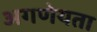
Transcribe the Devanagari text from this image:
अगणेयता